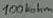
Text: 100Kohm